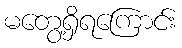
မတွေ့ရှိရကြောင်း